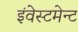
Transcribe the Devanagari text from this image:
इंवेस्टमेन्ट